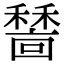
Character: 𥢺